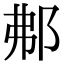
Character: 𨚓